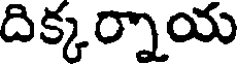
దిక్కర్నాయ